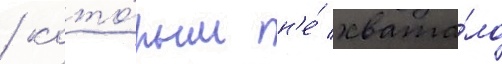
/ кото́рым н'е́ хвата́ло